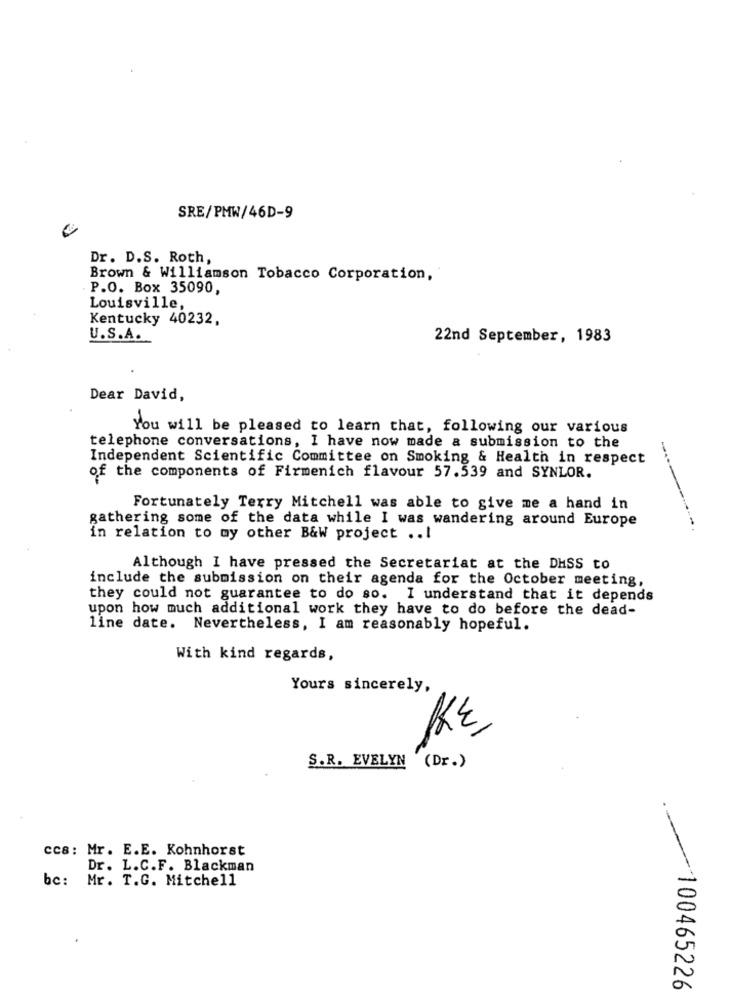
SRE/PMW/46D-9
Dr. D.S. Roth,
Brown & Williamson Tobacco Corporation,
P.O. Box 35090,
Louisville,
Kentucky 40232,
U.S.A.
22nd September, 1983
Dear David,
You will be pleased to learn that, following our various
telephone conversations, I have now made a submission to the
Independent Scientific Committee on Smoking & Health in respect
of the components of Firmenich flavour 57.539 and SYNLOR.
Fortunately Terry Mitchell was able to give me a hand in
gathering some of the data while I was wandering around Europe
in relation to my other B&W project ..!
Although I have pressed the Secretariat at the DHSS to
include the submission on their agenda for the October meeting,
they could not guarantee to do so. I understand that it depends
upon how much additional work they have to do before the dead-
line date. Nevertheless, I am reasonably hopeful.
With kind regards,
Yours sincerely,
S.R. EVELYN (Dr.)
ccs: Mr. E.E. Kohnhorst
Dr. L.C.F. Blackman
bc: Mr. T.G. Mitchell
100465226